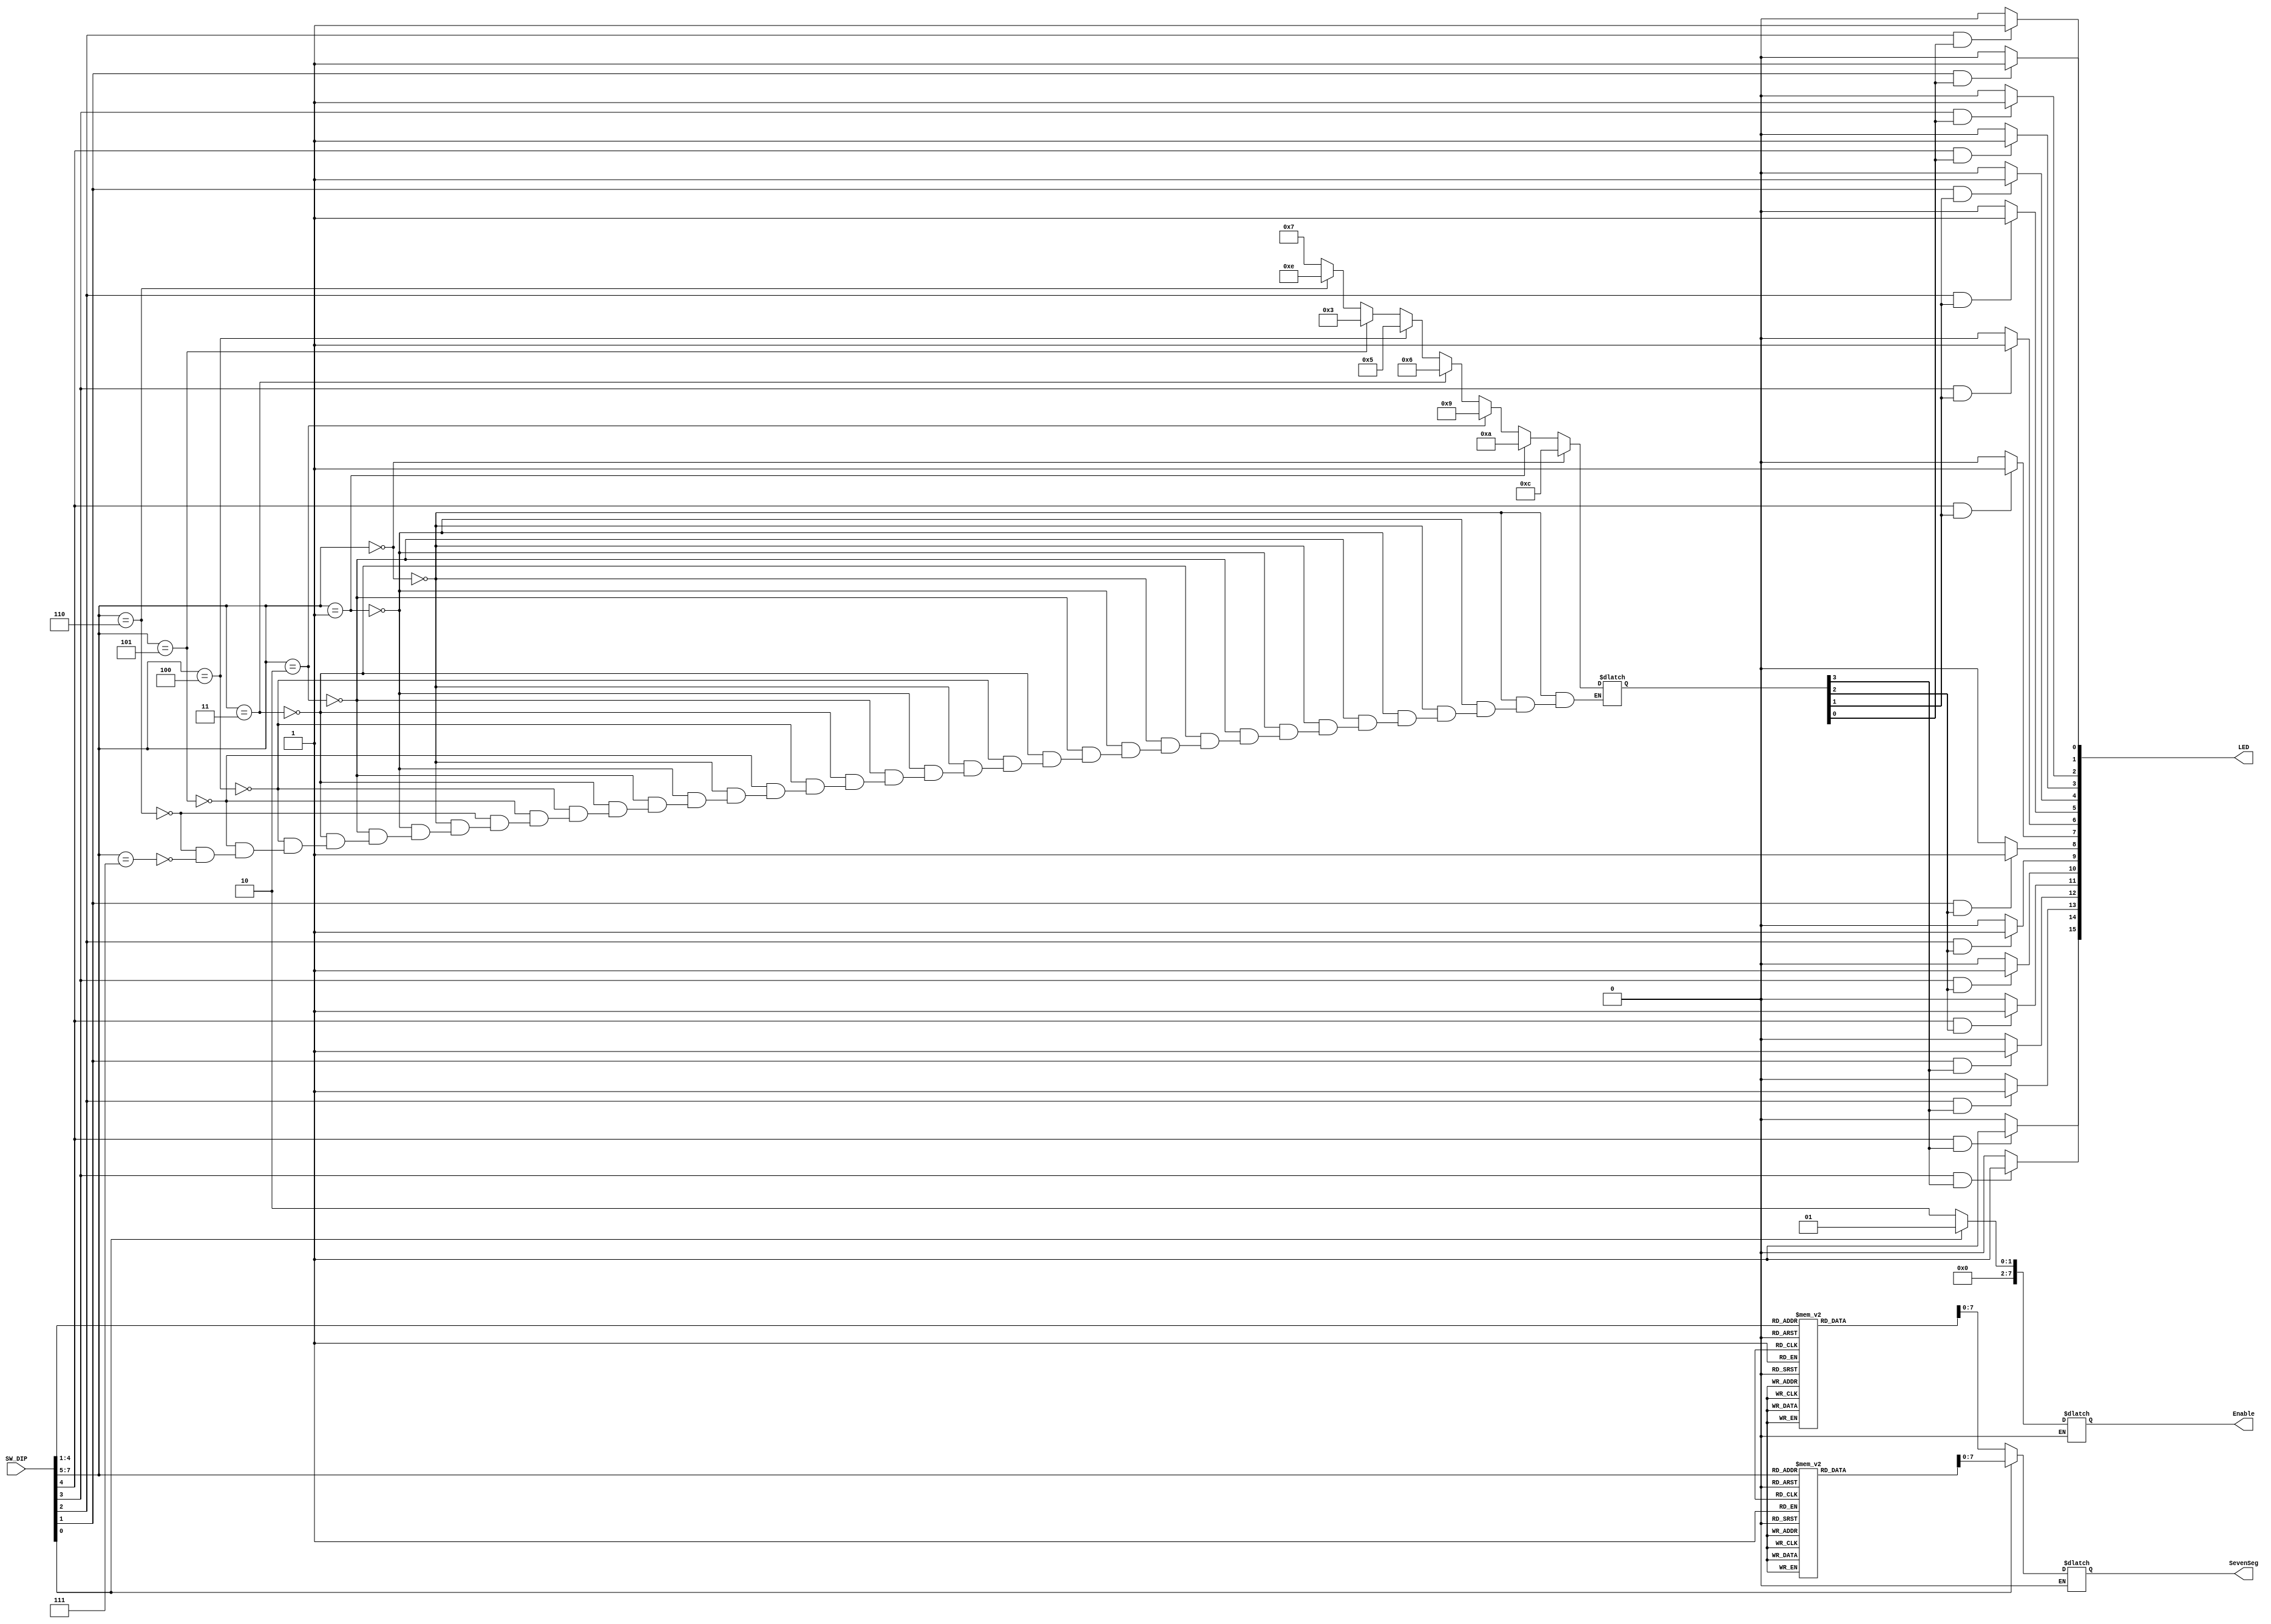
`timescale 1ns / 1ps

module Lab_1(
    input [1:8] SW_DIP,     //[1:3]:position  [4:7]pattern  [8]display control
    output reg [7:0] Enable,
    output reg [0:15] LED = 16'b0,
    output reg [7:0] SevenSeg 
    );
    
reg [1:4] group;
reg [2:0]position;
reg [3:0]pattern;
reg DP;
reg [3:0] SevenShow;
//ID = 107504507

always @(*)
    begin
    position = SW_DIP[1:3];
    pattern = SW_DIP[4:7];
    DP = SW_DIP[8];
    end
	
always @(*)
    if (SW_DIP[1:3] == 3'b000)
        begin
        group = 4'b1100;        //1,2
        end
    else if (SW_DIP[1:3] == 3'b001)
        group = 4'b1010;        //1,3
    else if (SW_DIP[1:3] == 3'b010)
        group = 4'b1001;        //1,4
    else if (SW_DIP[1:3] == 3'b011)
        group = 4'b0110;        //2,3
    else if (SW_DIP[1:3] == 3'b100)
        group = 4'b0101;        //2,4
    else if (SW_DIP[1:3] == 3'b101)
        group = 4'b0011;        //3,4
    else if (SW_DIP[1:3] == 3'b110)
        group = 4'b1110;        //1,2,3
    else if (SW_DIP[1:3] == 3'b111)
        group = 4'b0111;        //2,3,4
         
always@(*)
begin
    LED = 16'b0;
    if (SW_DIP[4] == 1 && group[1] == 1)
        LED[0] = 1;
    if (SW_DIP[5] == 1 && group[1] == 1)
        LED[1] = 1;
    if (SW_DIP[6] == 1 && group[1] == 1)
        LED[2] = 1;
    if (SW_DIP[7] == 1 && group[1] == 1)
        LED[3] = 1;
    if (SW_DIP[4] == 1 && group[2] == 1)
        LED[4] = 1;
    if (SW_DIP[5] == 1 && group[2] == 1)
        LED[5] = 1;
    if (SW_DIP[6] == 1 && group[2] == 1)
        LED[6] = 1;
    if (SW_DIP[7] == 1 && group[2] == 1)
        LED[7] = 1;
    if (SW_DIP[4] == 1 && group[3] == 1)
        LED[8] = 1;
    if (SW_DIP[5] == 1 && group[3] == 1)
        LED[9] = 1;
    if (SW_DIP[6] == 1 && group[3] == 1)
        LED[10] = 1;
    if (SW_DIP[7] == 1 && group[3] == 1)
        LED[11] = 1;
    if (SW_DIP[4] == 1 && group[4] == 1)
        LED[12] = 1;
    if (SW_DIP[5] == 1 && group[4] == 1)
        LED[13] = 1;
    if (SW_DIP[6] == 1 && group[4] == 1)
        LED[14] = 1;
    if (SW_DIP[7] == 1 && group[4] == 1)
        LED[15] = 1; 
end

always @(*)
    if(SW_DIP[8] == 0)  //pattern
        begin
        Enable = 8'b00000010;
        case(SW_DIP[4:7])
            4'b0000 :begin SevenSeg = 8'b0011_1111;    SevenShow = 4'b0000; end  //0
            4'b0001 :begin SevenSeg = 8'b0000_0110;    SevenShow = 4'b0001; end  //1
            4'b0010 :begin SevenSeg = 8'b0101_1011;    SevenShow = 4'b0010; end  //2
            4'b0011 :begin SevenSeg = 8'b0100_1111;    SevenShow = 4'b0011; end  //3
            4'b0100 :begin SevenSeg = 8'b0110_0110;    SevenShow = 4'b0100; end  //4
            4'b0101 :begin SevenSeg = 8'b0110_1101;    SevenShow = 4'b0101; end  //5
            4'b0110 :begin SevenSeg = 8'b0111_1101;    SevenShow = 4'b0110; end  //6
            4'b0111 :begin SevenSeg = 8'b0010_0111;    SevenShow = 4'b0111; end  //7
            4'b1000 :begin SevenSeg = 8'b0111_1111;    SevenShow = 4'b1000; end  //8
            4'b1001 :begin SevenSeg = 8'b0110_1111;    SevenShow = 4'b1001; end  //9
            4'b1010 :begin SevenSeg = 8'b0111_0111;    SevenShow = 4'b1010; end  //a
            4'b1011 :begin SevenSeg = 8'b0111_1100;    SevenShow = 4'b1011; end  //b
            4'b1100 :begin SevenSeg = 8'b0011_1001;    SevenShow = 4'b1100; end  //c
            4'b1101 :begin SevenSeg = 8'b0101_1110;    SevenShow = 4'b1101; end  //d
            4'b1110 :begin SevenSeg = 8'b0111_1001;    SevenShow = 4'b1110; end  //e
            4'b1111 :begin SevenSeg = 8'b0111_0001;    SevenShow = 4'b1111; end  //f
        endcase
        end
    else if (SW_DIP[8] == 1)    //position -7
        begin
        Enable = 8'b00000001;
        case(SW_DIP[1:3])
            3'b000 :begin SevenSeg = 8'b0110_1111;    SevenShow = 4'b1001; end   //9
            3'b001 :begin SevenSeg = 8'b0111_0111;    SevenShow = 4'b1010; end   //a
            3'b010 :begin SevenSeg = 8'b0111_1100;    SevenShow = 4'b1011; end   //b
            3'b011 :begin SevenSeg = 8'b0011_1001;    SevenShow = 4'b1100; end   //c
            3'b100 :begin SevenSeg = 8'b0101_1110;    SevenShow = 4'b1101; end   //d
            3'b101 :begin SevenSeg = 8'b0111_1001;    SevenShow = 4'b1110; end   //e
            3'b110 :begin SevenSeg = 8'b0111_0001;    SevenShow = 4'b1111; end   //f
            3'b111 :begin SevenSeg = 8'b0011_1111;    SevenShow = 4'b0000; end   //0
        endcase
        end
endmodule